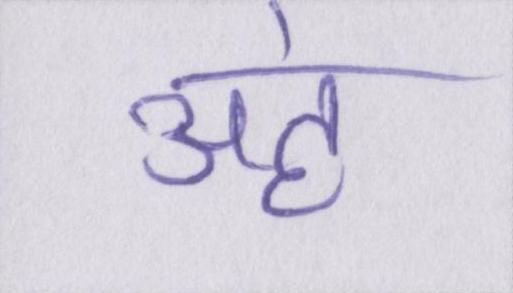
अहं